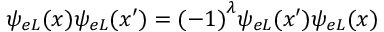
\psi _ { e L } ( x ) \psi _ { e L } ( { x \prime } ) = { ( - 1 ) } ^ { \lambda } \psi _ { e L } ( { x \prime } ) \psi _ { e L } ( x )